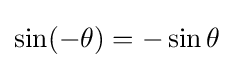
\sin(-\theta )=-\sin \theta